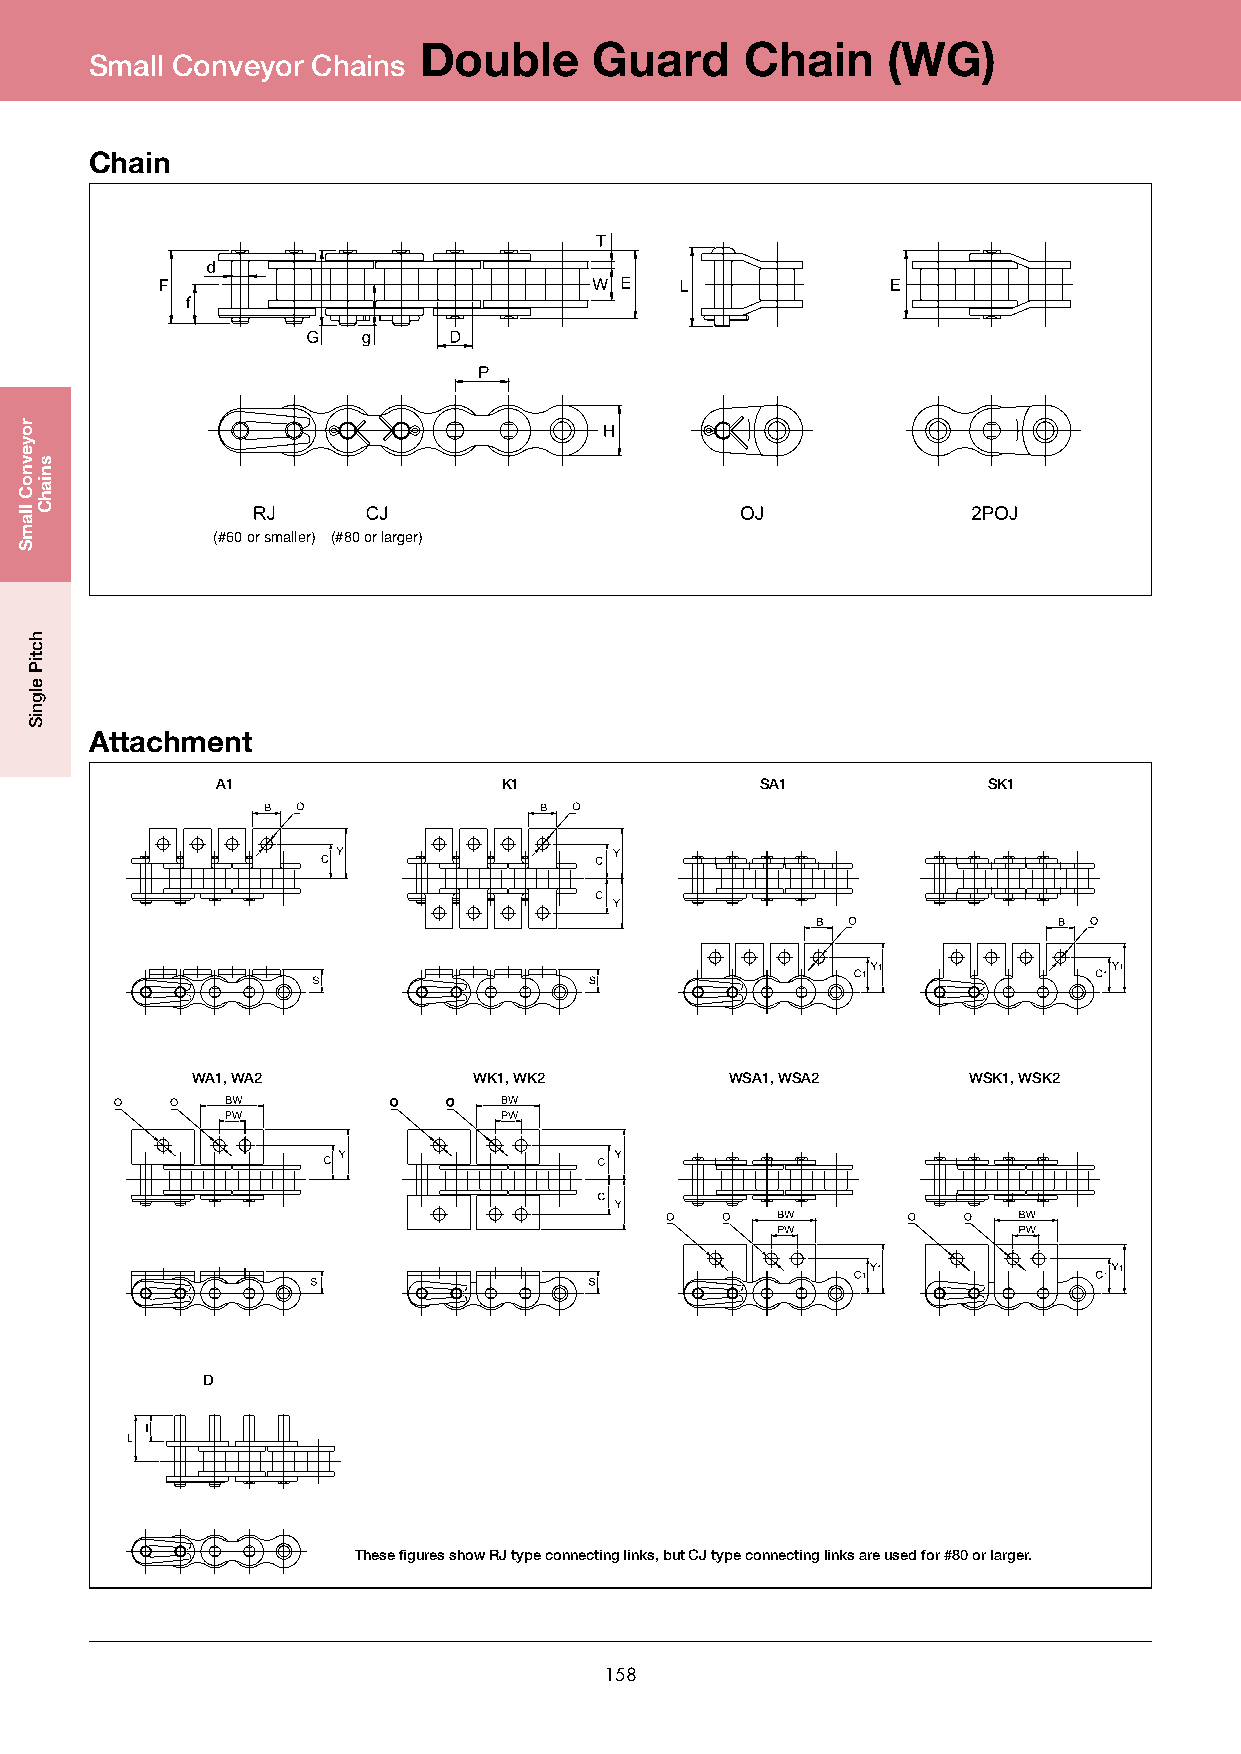
Double     Guard     Chain     (WG)
 Small Conveyor Chains
 Chain
 (#60orsmaller) (#80orlarger)
 Attachment
 A1                 K1               SA1            SK1
 WA1, WA2          WK1, WK2         WSA1, WSA2      WSK1, WSK2
 D
 These figures show RJ type connecting links, but CJ type connecting links are used for #80 or larger.
 158
 royevnoC
 llamS
 hctiP
 elgniS
 sniahC